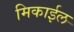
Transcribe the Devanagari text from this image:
मिकाईल